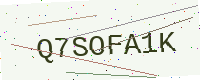
Text: Q7SOFA1K